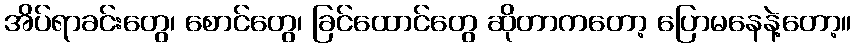
အိပ်ရာခင်းတွေ၊ စောင်တွေ၊ ခြင်ထောင်တွေ ဆိုတာကတော့ ပြောမနေနဲ့တော့။